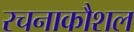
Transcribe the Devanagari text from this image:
रचनाकौशल